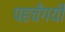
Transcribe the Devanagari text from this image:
पहचँगयी